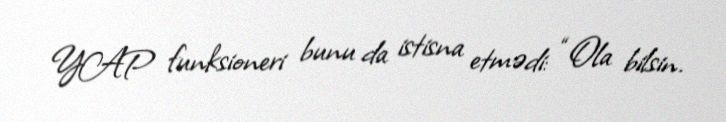
YAP funksioneri bunu da istisna etmədi: “Ola bilsin.